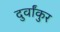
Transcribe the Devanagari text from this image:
दुर्वांकुर